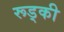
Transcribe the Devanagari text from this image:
रूड्की